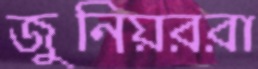
জুনিয়ররা